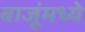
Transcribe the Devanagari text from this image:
बाजूंमध्ये